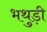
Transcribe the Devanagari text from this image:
भथुड़ी